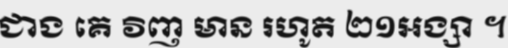
ជាង គេ វិញ មាន រហូត ២១អង្សា ។